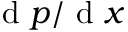
\mathrm { ~ d ~ } p / \mathrm { ~ d ~ } x